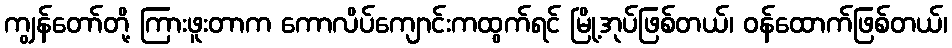
ကျွန်တော်တို့ ကြားဖူးတာက ကောလိပ်ကျောင်းကထွက်ရင် မြို့အုပ်ဖြစ်တယ်၊ ဝန်ထောက်ဖြစ်တယ်၊